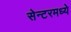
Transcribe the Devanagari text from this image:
सेन्टरमध्ये